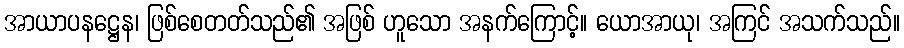
အာယာပနဋ္ဌေန၊ ဖြစ်စေတတ်သည်၏ အဖြစ် ဟူသော အနက်ကြောင့်။ ယောအာယု၊ အကြင် အသက်သည်။